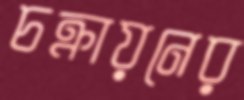
চক্রায়নের